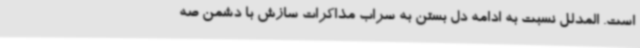
است. المدلل نسبت به ادامه دل بستن به سراب مذاکرات سازش با دشمن صه